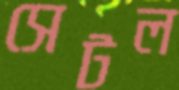
সেটল